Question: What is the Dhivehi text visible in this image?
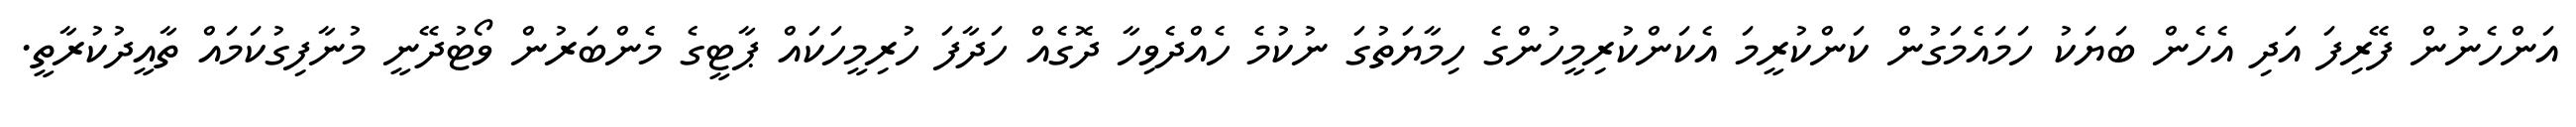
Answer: އަންހެނުން ފޭރިފަ އަދި އެހެން ބަޔަކު ހަމައެމަގުން ކަންކުރީމަ އެކަންކުރިމީހުންގެ ހިމާޔަތުގަ ނުކުމެ ހެއްދެވިހާ ދޮގެއް ހަދާފަ ހުރިމީހަކައް ޕާޓީގެ މެންބަރުން ވޯޓުދޭނީ މުނާފިގުކަމައް ތާއީދުކުރާތީ.